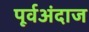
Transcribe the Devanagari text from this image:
पूर्वअंदाज